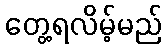
တွေ့ရလိမ့်မည်